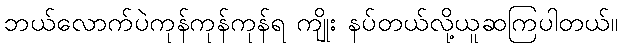
ဘယ်လောက်ပဲကုန်ကုန်ကုန်ရ ကျိုး နပ်တယ်လို့ယူဆကြပါတယ်။